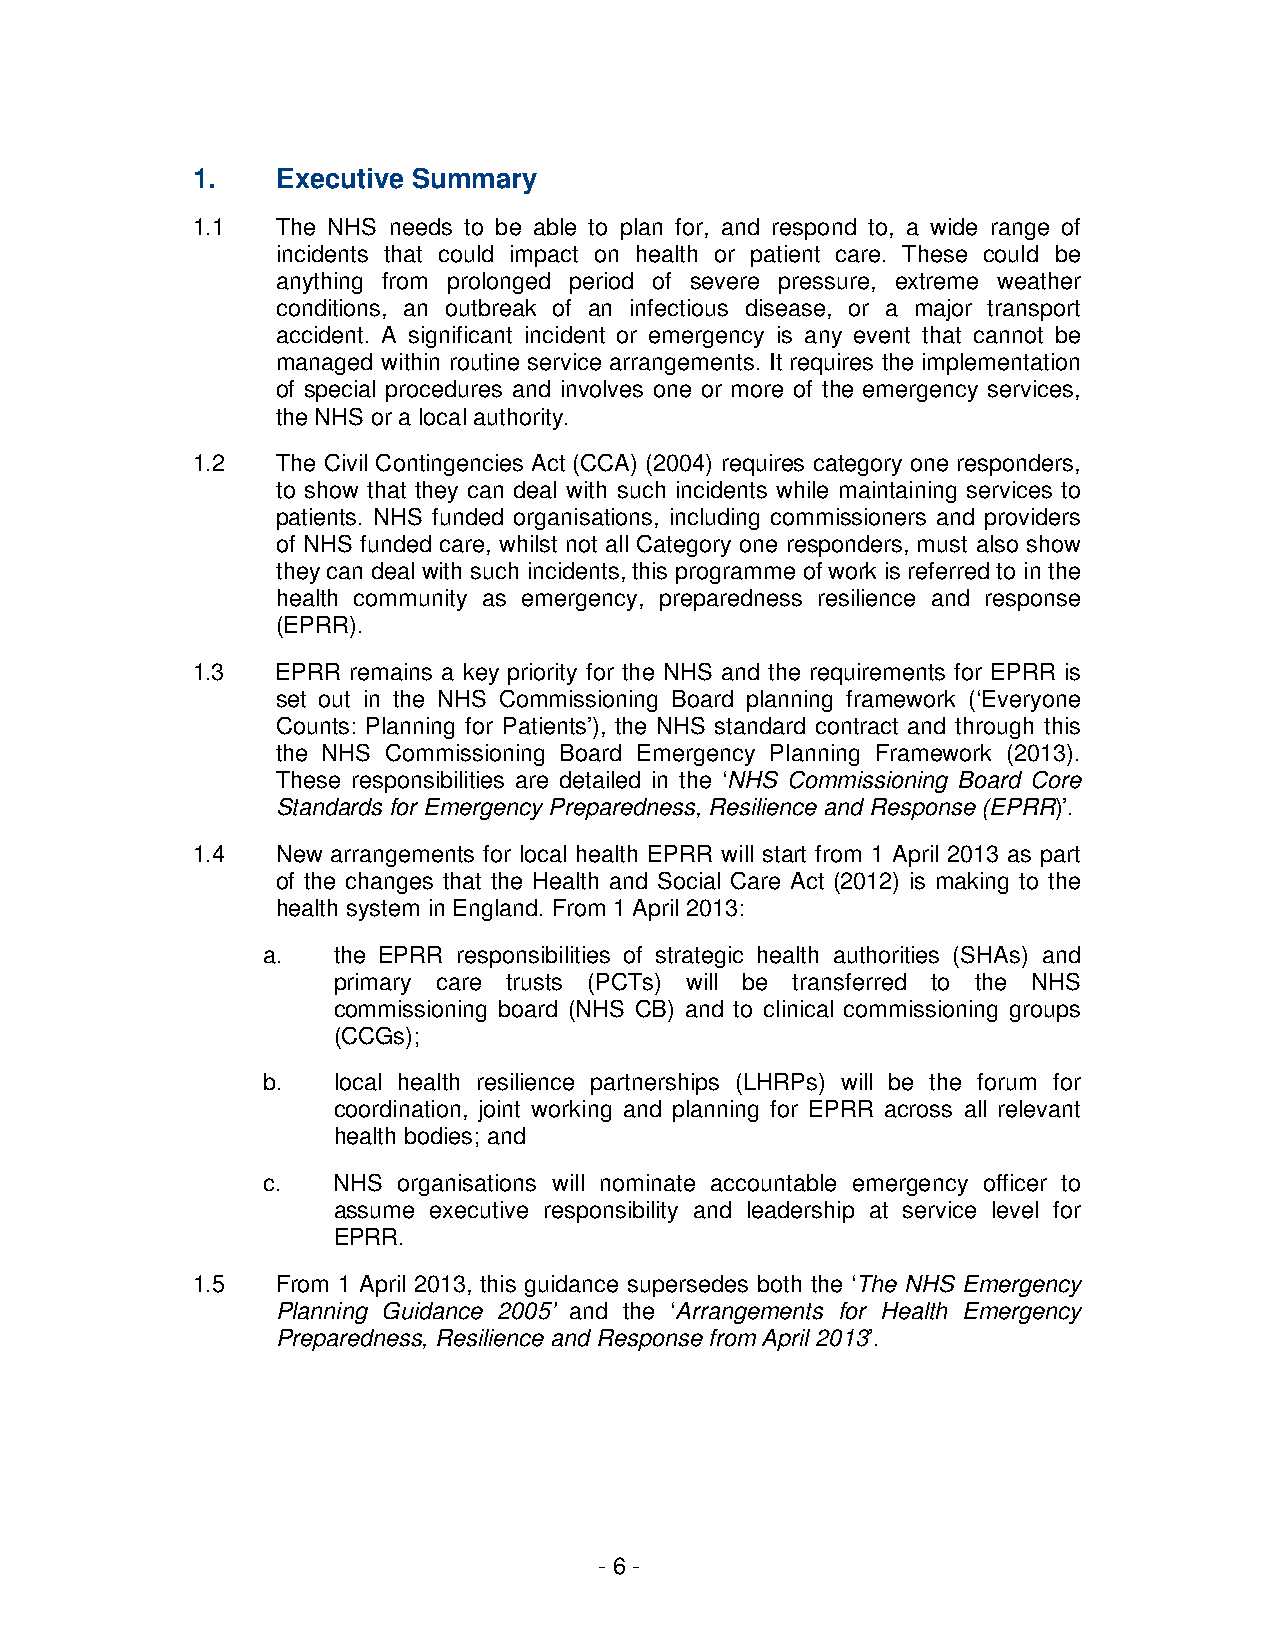
1.   Executive Summary
 1.1  The NHS needs to be able to plan for, and respond to, a wide range of
 incidents that could impact on health or patient care. These could be
 anything from prolonged period of severe pressure, extreme weather
 conditions, an outbreak of an infectious disease, or a major transport
 accident. A significant incident or emergency is any event that cannot be
 managed within routine service arrangements. It requires the implementation
 of special procedures and involves one or more of the emergency services,
 the NHS or a local authority.
 1.2  The Civil Contingencies Act (CCA) (2004) requires category one responders,
 to show that they can deal with such incidents while maintaining services to
 patients. NHS funded organisations, including commissioners and providers
 of NHS funded care, whilst not all Category one responders, must also show
 they can deal with such incidents, this programme of work is referred to in the
 health community as emergency, preparedness resilience and response
 (EPRR).
 1.3  EPRR remains a key priority for the NHS and the requirements for EPRR is
 set out in the NHS Commissioning Board planning framework (‘Everyone
 Counts: Planning for Patients’), the NHS standard contract and through this
 the NHS Commissioning Board Emergency Planning Framework (2013).
 These responsibilities are detailed in the ‘NHS Commissioning Board Core
 Standards for Emergency Preparedness, Resilience and Response (EPRR)’.
 1.4  New arrangements for local health EPRR will start from 1 April 2013 as part
 of the changes that the Health and Social Care Act (2012) is making to the
 health system in England. From 1 April 2013:
 a.   the EPRR responsibilities of strategic health authorities (SHAs) and
 primary care trusts (PCTs) will be transferred to the NHS
 commissioning board (NHS CB) and to clinical commissioning groups
 (CCGs);
 b.   local health resilience partnerships (LHRPs) will be the forum for
 coordination, joint working and planning for EPRR across all relevant
 health bodies; and
 c.   NHS organisations will nominate accountable emergency officer to
 assume executive responsibility and leadership at service level for
 EPRR.
 1.5  From 1 April 2013, this guidance supersedes both the ‘The NHS Emergency
 Planning Guidance 2005’ and the ‘Arrangements for Health Emergency
 Preparedness, Resilience and Response from April 2013’.
 - 6 -